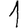
Digit: 1